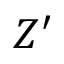
Z ^ { \prime }